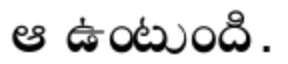
ఆ ఉంటుంది.